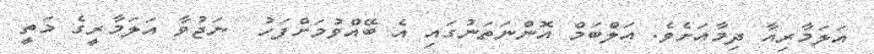
އަލަމާރިއާ ދިމާއަށެވެ. އަލްބަމް އޮންނަތަނުގައި އެ ބޭއްވުމަށްފަހު  ނަޖުވާ އަލަމާރީގެ މަތީ